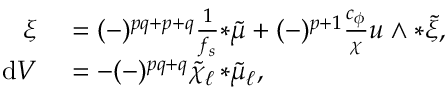
\begin{array} { r l } { \xi } & { { } = ( - ) ^ { p q + p + q } \frac { 1 } { f _ { s } } { * \tilde { \mu } } + ( - ) ^ { p + 1 } \frac { c _ { \phi } } { \chi } u \wedge { * \tilde { \xi } } , } \\ { \mathrm { d } V } & { { } = - ( - ) ^ { p q + q } \tilde { \chi } _ { \ell } \, { * \tilde { \mu } _ { \ell } } , } \end{array}